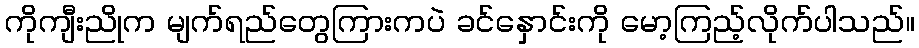
ကိုကျီးညိုက မျက်ရည်တွေကြားကပဲ ခင်နှောင်းကို မော့ကြည့်လိုက်ပါသည်။